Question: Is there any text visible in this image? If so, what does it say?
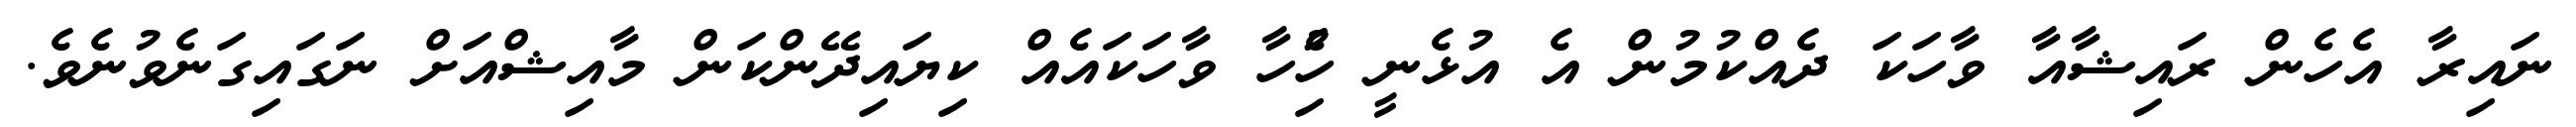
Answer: ނައިރާ އެހެން ރައިޝާއާ ވާހަކަ ދެއްކުމުން އެ އުޅެނީ ހުެިހާ ވާހަކައެއް ކިޔައިދޭންކަން މާއިޝްއަށް ނަގައިގަނެވުނެވެ.